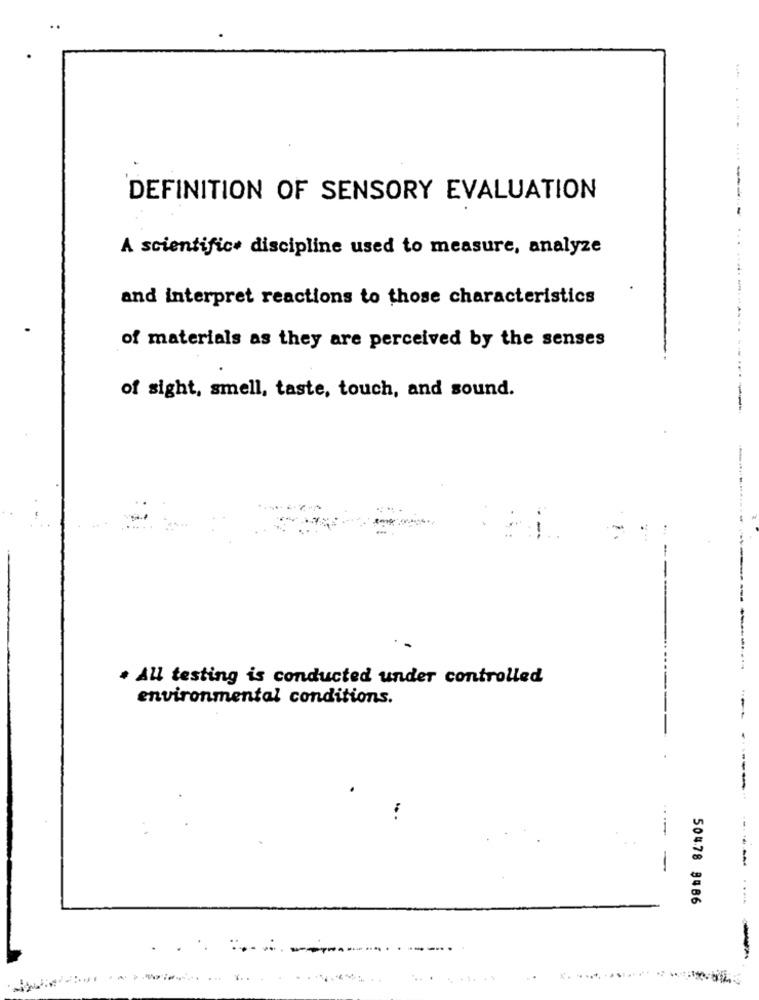
DEFINITION OF SENSORY EVALUATION
A scientifice discipline used to measure, analyze
and interpret reactions to those characteristics
of materials as they are perceived by the senses
of sight, smell, taste, touch, and sound.
---
· All testing is conducted under controlled
environmental conditions.
-
----
-
50478 8486
------
....
...